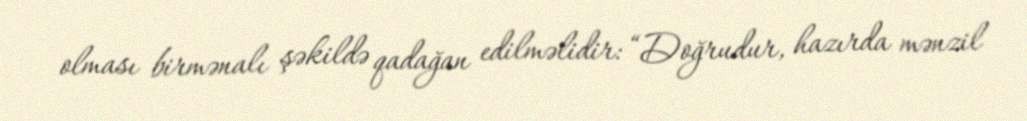
olması birmənalı şəkildə qadağan edilməlidir: “Doğrudur, hazırda mənzil